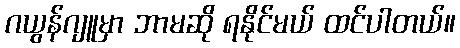
ဂယွန်ဂျူမှာ ဘာမဆို ရနိုင်မယ် ထင်ပါတယ်။